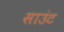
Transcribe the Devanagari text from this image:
साउंट